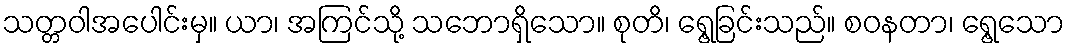
သတ္တဝါအပေါင်းမှ။ ယာ၊ အကြင်သို့ သဘောရှိသော။ စုတိ၊ ရွေ့ခြင်းသည်။ စဝနတာ၊ ရွေ့သော